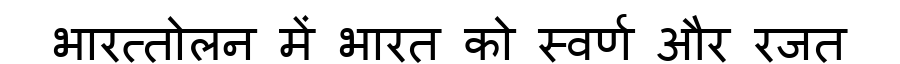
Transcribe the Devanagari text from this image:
भारत्तोलन में भारत को स्वर्ण और रजत